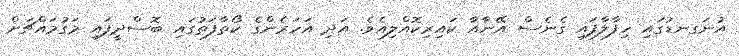
އުނަގނޑުގައި ހިފާލާފައި ގެނެސް އޭނާއާ ކައިރިކޮއްލިއެވެ. އަދި އަހަރެންގެ ކޯތާފަތުގައި ބޮސްދީފައި މަގުމައްޗަށް